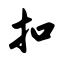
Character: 扣